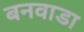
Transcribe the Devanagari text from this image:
बनवाडा